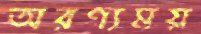
অরণ্যময়